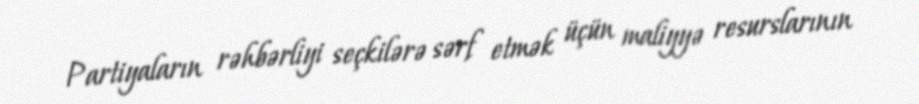
Partiyaların rəhbərliyi seçkilərə sərf etmək üçün maliyyə resurslarının